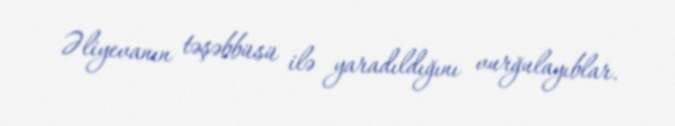
Əliyevanın təşəbbüsü ilə yaradıldığını vurğulayıblar.